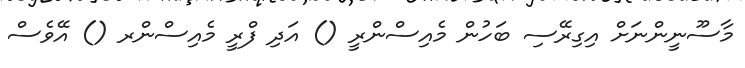
މާސޫނީންނަށް އިގިރޭސި ބަހުން މެއިސްންރީ () އަދި ފްރީ މެއިސްންރ () އޭވެސް